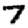
Digit: 7